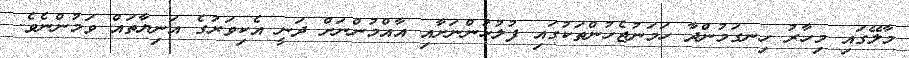
މާލޭގައި މިހާރު ހިނގަމުންދާ ހަމަނުޖެހުންތަކުގައި ފުލުހުންނަށާއި އާއްމުންނަށް ދަނީ އެކިވަރުގެ އަނިޔާތައް ވަމުންނެވެ.